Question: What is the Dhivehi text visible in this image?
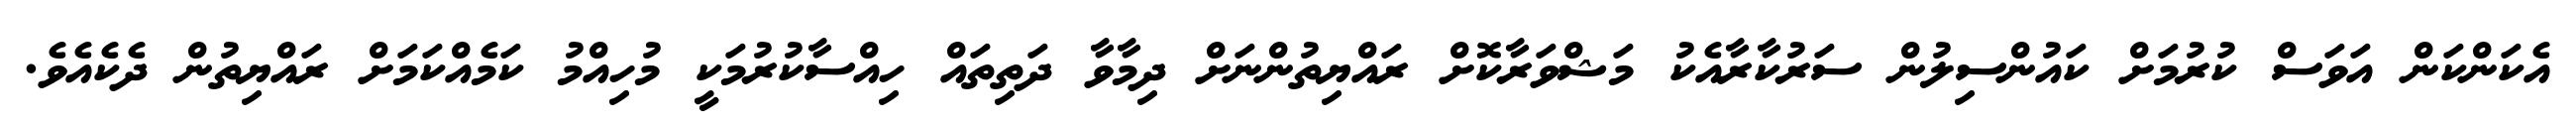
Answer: އެކަންކަން އަވަސް ކުރުމަށް ކައުންސިލުން ސަރުކާރާއެކު މަޝްވަރާކޮށް ރައްޔިތުންނަށް ދިމާވާ ދަތިތައް ހިއްސާކުރުމަކީ މުހިއްމު ކަމެއްކަމަށް ރައްޔިތުން ދެކެއެވެ.